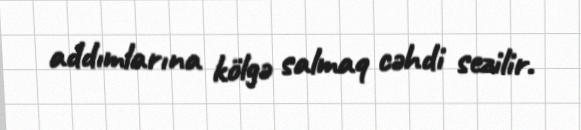
addımlarına kölgə salmaq cəhdi sezilir.